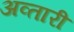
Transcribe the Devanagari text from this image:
अव्तारी